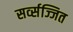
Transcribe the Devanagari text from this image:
सर्व्सज्जित